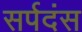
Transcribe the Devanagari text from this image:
सर्पदंस